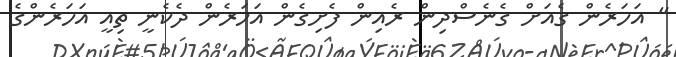
" އަހަރެން ގެއަށް ގެނެސްދިން ރެއިން ފެށިގެން އަހަރެން ދެކެނީ ތިއީ އަހަރެންގެ